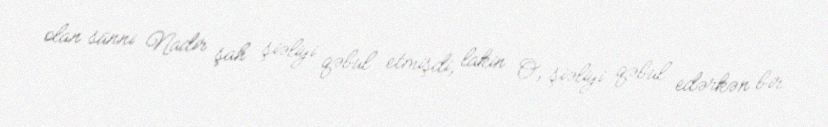
olan sünni Nadir şah şiəliyi qəbul etmişdi, lakin O, şiəliyi qəbul edərkən bir